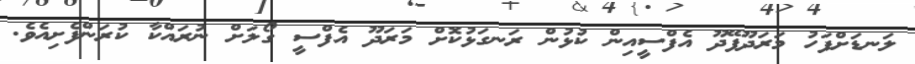
ލަނޑަށްފަހު މަރަދޫފޭދޫ އެފްސީއިން ކުޅުން ރަނގަޅުކޮށް މަރަދޫ އެފްސީ ގޯލަށް ނުރައްކާ ކުރަންފެށިއެވެ.